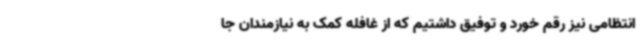
انتظامی نیز رقم خورد و توفیق داشتیم که از غافله کمک به نیازمندان جا